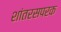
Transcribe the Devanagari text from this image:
शांतरसपरक